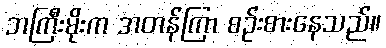
ဘကြီးမိုးက အတန်ကြာ စဉ်းစားနေသည်။